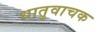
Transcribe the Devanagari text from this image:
धातुवाचक